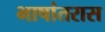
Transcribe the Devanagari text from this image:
भाषांतरास